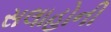
સલાહોની